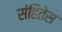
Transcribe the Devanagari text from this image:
संहितेस